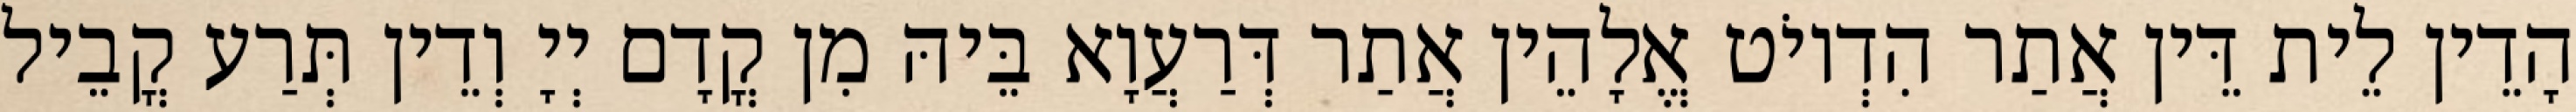
הָדֵין לֵית דֵּין אֲתַר הִדְיוֹט אֱלָהֵין אֲתַר דְּרַעֲוָא בֵּיהּ מִן קֳדָם יְיָ וְדֵין תְּרַע קֳבֵיל